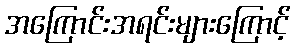
အကြောင်းအရင်းများကြောင့်